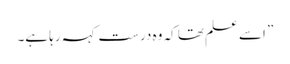
” اسے علم تھا کہ وہ درست کہہ رہا ہے۔